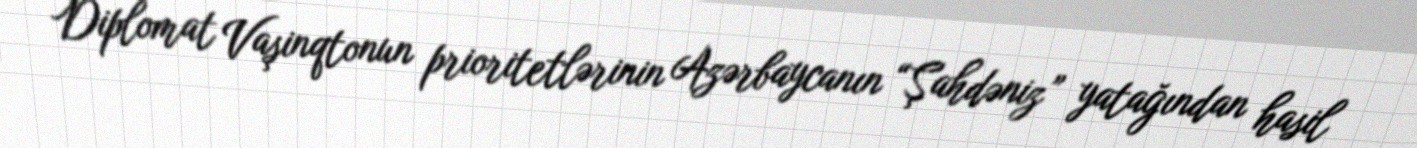
Diplomat Vaşinqtonun prioritetlərinin Azərbaycanın “Şahdəniz” yatağından hasil